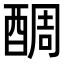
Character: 𨡑